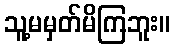
သူ့မမှတ်မိကြဘူး။